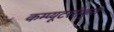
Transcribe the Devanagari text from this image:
कम्प्यूटररीकृत